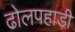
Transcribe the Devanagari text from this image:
ढोलपहाड़ी